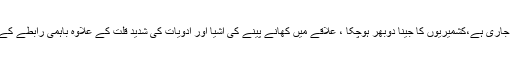
مقبوضہ وادی میں گزشتہ برس پانچ اگست سے لاک ڈاؤن جاری ہے،کشمیریوں کا جینا دوبھر ہوچکا ، علاقے میں کھانے پینے کی اشیا اور ادویات کی شدید قلت کے علاوہ باہمی رابطے کے لیے انٹرنیٹ کا استعمال بھی ممنوع قرار دیا جا چکا ہے۔